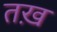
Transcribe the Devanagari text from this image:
तख़